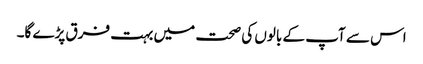
اس سے آپ کے بالوں کی صحت میں بہت فرق پڑے گا۔